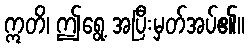
ဣတိ၊ ဤရွေ့ အပြီးမှတ်အပ်၏။